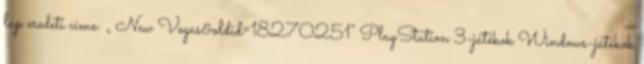
lap eredeti címe: „ New Vegas&oldid=18270251” PlayStation 3-játékok Windows-játékok